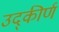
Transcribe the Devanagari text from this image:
उद्‌कीर्ण